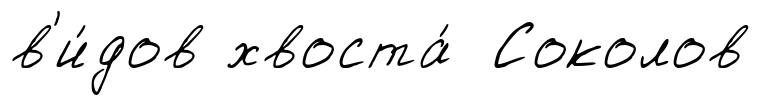
в'и́дов хвоста́ Соколов